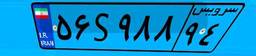
۵۶S۹۸۸۹۴